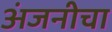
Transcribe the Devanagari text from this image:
अंजनीचा